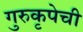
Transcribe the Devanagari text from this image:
गुरुकृपेची